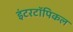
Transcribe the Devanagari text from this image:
इंटरटॉपिकल